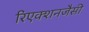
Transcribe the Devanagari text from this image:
रिएक्शनजैसी